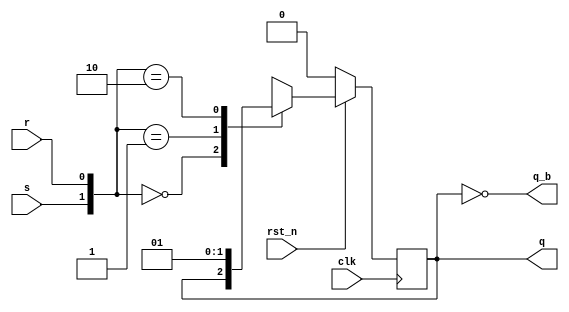
module sr_ff (
  input clk, rst_n,
  input s,r,
  output reg q,
  output q_b
  );
  
  always@(posedge clk) begin
    if(!rst_n) q <= 0;
    else begin
      case({s,r})
        2'b00: q <= q;  
        2'b01: q <= 1'b0;
        2'b10: q <= 1'b1;
        2'b11: q <= 1'bx;
      endcase
    end
  end
  assign q_b = ~q;
endmodule